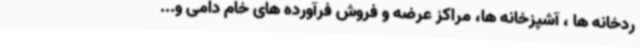
ردخانه ها ، آشپزخانه ها، مراکز عرضه و فروش فرآورده های خام دامی و...